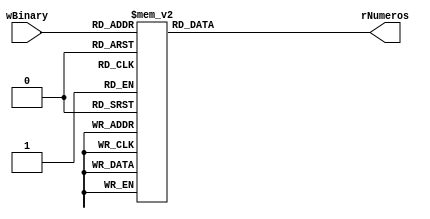
`timescale 1ns / 1ps
//////////////////////////////////////////////////////////////////////////////////
// Company: 
// Engineer: 
// 
// Design Name: 
// Module Name: DisplayTop
// Project Name: 
// Target Devices: 
// Tool Versions: 
// Description: 
// 
// Dependencies: 
// 
// Revision:
// Revision 0.01 - File Created
// Additional Comments:
// 
//////////////////////////////////////////////////////////////////////////////////


module DisplayDecoder
(
    input wire [3:0]wBinary,
    output reg [7:0]rNumeros
);
    always @(wBinary)
    begin
        case(wBinary)
            4'b0000 : rNumeros <= 8'b00000011;
            4'b0001 : rNumeros <= 8'b10011111;
            4'b0010 : rNumeros <= 8'b00100101;
            4'b0011 : rNumeros <= 8'b00001101;
            4'b0100 : rNumeros <= 8'b10011001;
            4'b0101 : rNumeros <= 8'b01001001;
            4'b0110 : rNumeros <= 8'b01000001;
            4'b0111 : rNumeros <= 8'b00011111;
            4'b1000 : rNumeros <= 8'b00000001;
            4'b1001 : rNumeros <= 8'b00001001;         
            default : rNumeros <= 8'b11111111;
        endcase
    end
endmodule